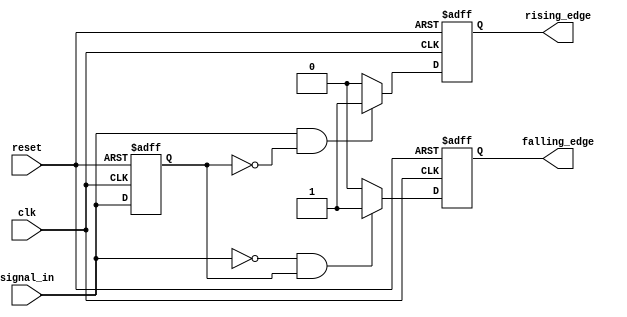
module dual_edge_detector (
    input wire clk,            // Clock signal
    input wire reset,          // Asynchronous reset signal
    input wire signal_in,      // Input signal to be monitored
    output reg rising_edge,    // Pulses high for one clock cycle on rising edge
    output reg falling_edge     // Pulses high for one clock cycle on falling edge
);

    // Memory block to store the previous state of the input signal
    reg prev_signal;

    // Sequential logic to update previous state and detect edges
    always @(posedge clk or posedge reset) begin
        if (reset) begin
            prev_signal <= 0;    // Reset the previous signal
            rising_edge <= 0;     // Reset rising edge output
            falling_edge <= 0;    // Reset falling edge output
        end else begin
            // Edge detection logic
            if (signal_in && !prev_signal) begin
                rising_edge <= 1;   // Rising edge detected
            end else begin
                rising_edge <= 0;    // No rising edge
            end
            
            if (!signal_in && prev_signal) begin
                falling_edge <= 1;   // Falling edge detected
            end else begin
                falling_edge <= 0;    // No falling edge
            end
            
            // Store the current signal state for the next clock cycle
            prev_signal <= signal_in;
        end
    end

endmodule